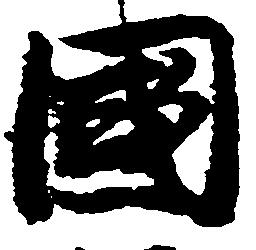
国